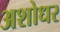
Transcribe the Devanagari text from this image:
अशोधर